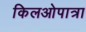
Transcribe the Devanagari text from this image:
किलओपात्रा